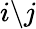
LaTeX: i\backslash j